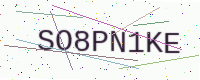
Text: SO8PN1KE